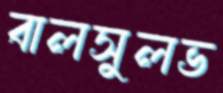
বালসুলভ